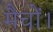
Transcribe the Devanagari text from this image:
मैचों।